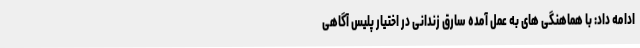
ادامه داد: با هماهنگی های به عمل آمده سارق زندانی در اختیار پلیس آگاهی